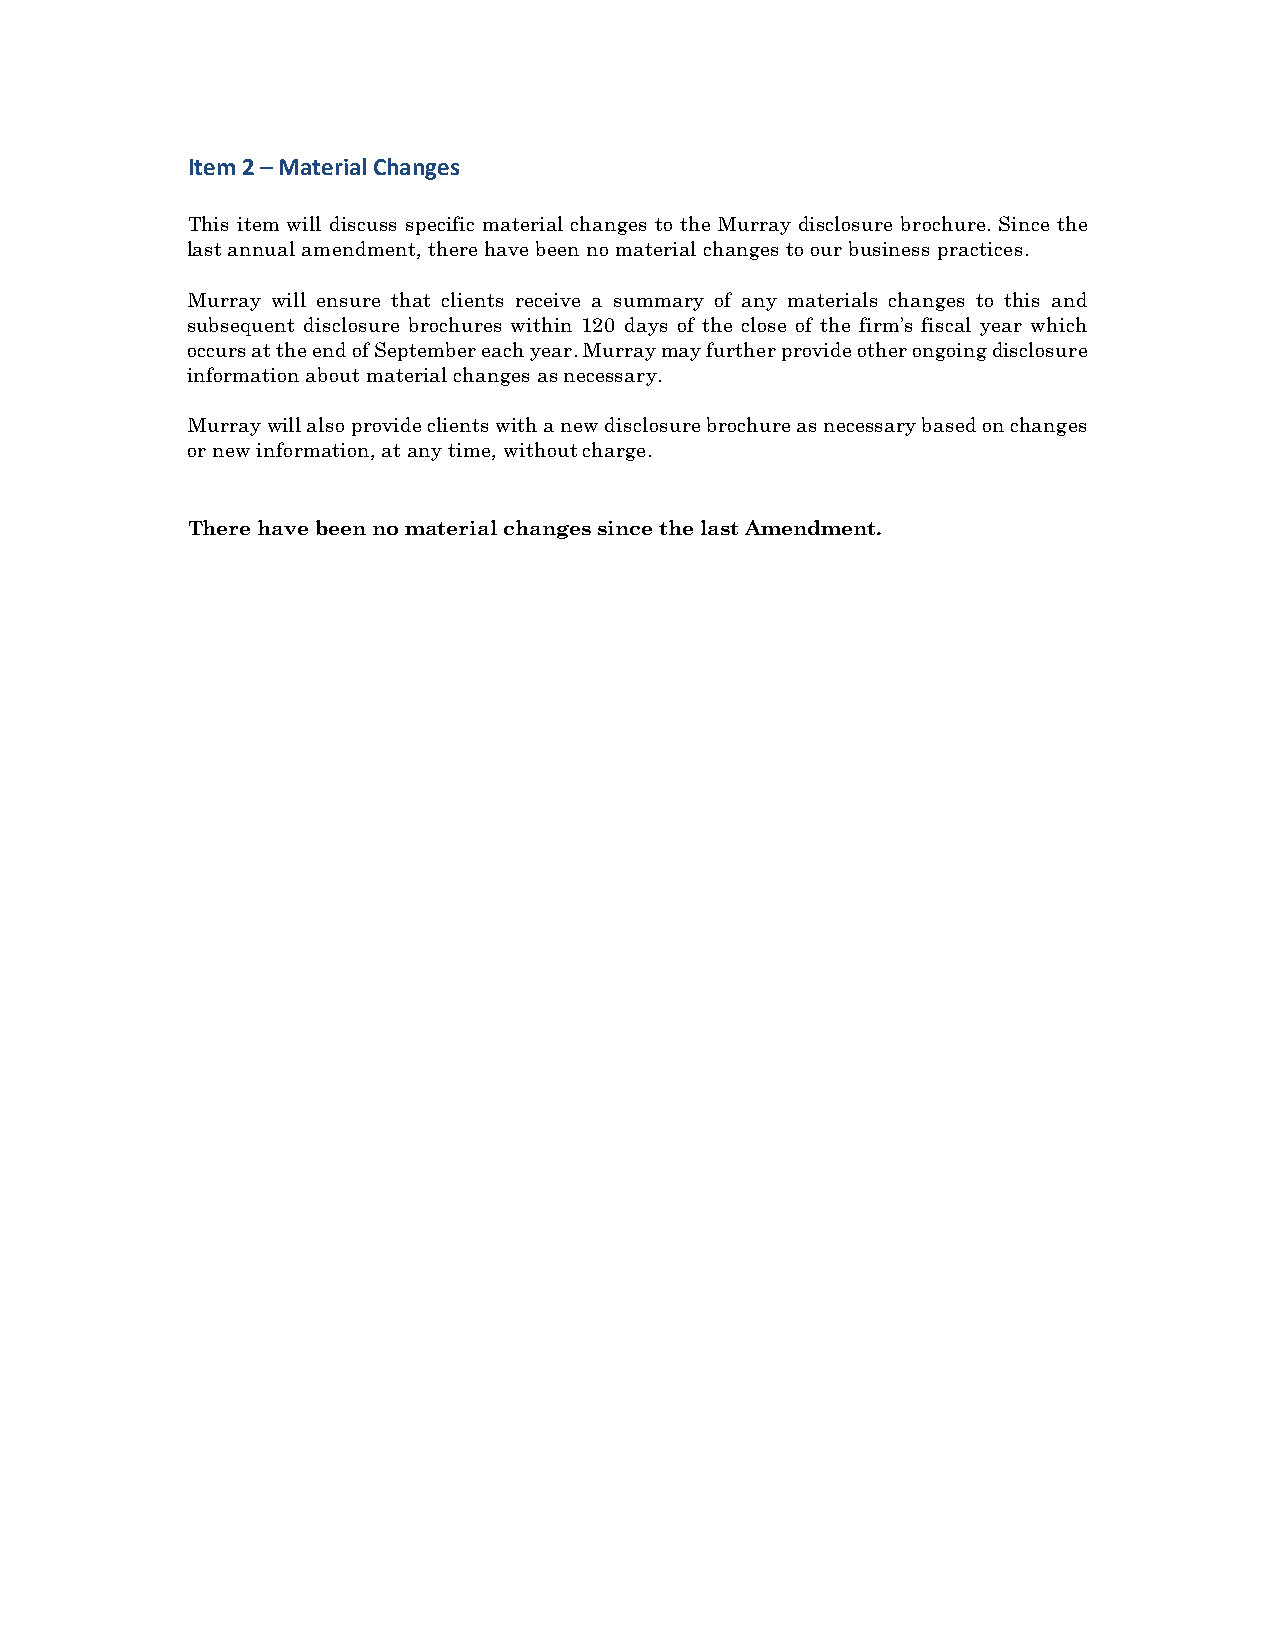
Item 2 – Material Changes
 This item will discuss specific material changes to the Murray disclosure brochure. Since the
 last annual amendment, there have been no material changes to our business practices.
 Murray will ensure that clients receive a summary of any materials changes to this and
 subsequent disclosure brochures within 120 days of the close of the firm’s fiscal year which
 occurs at the end of September each year. Murray may further provide other ongoing disclosure
 information about material changes as necessary.
 Murray will also provide clients with a new disclosure brochure as necessary based on changes
 or new information, at any time, without charge.
 There have been no material changes since the last Amendment.